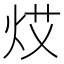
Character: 𤈝